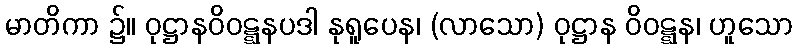
မာတိကာ ၌။ ဝုဋ္ဌာနဝိဝဋ္ဋနပဒါ နုရူပေန၊ (လာသော) ဝုဋ္ဌာန ဝိဝဋ္ဋန၊ ဟူသော